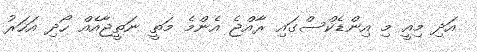
އަދި މިއީ މި އިންޑެކްސްގައި ރާއްޖެ އެންމެ މަތީ ނަތީޖާއެއް ހޯދި އަހަރު